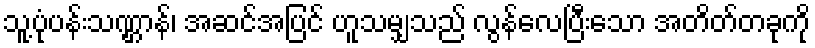
သူ့ပုံပန်းသဏ္ဌာန်၊ အဆင်အပြင် ဟူသမျှသည် လွန်လေပြီးသော အတိတ်တခုကို